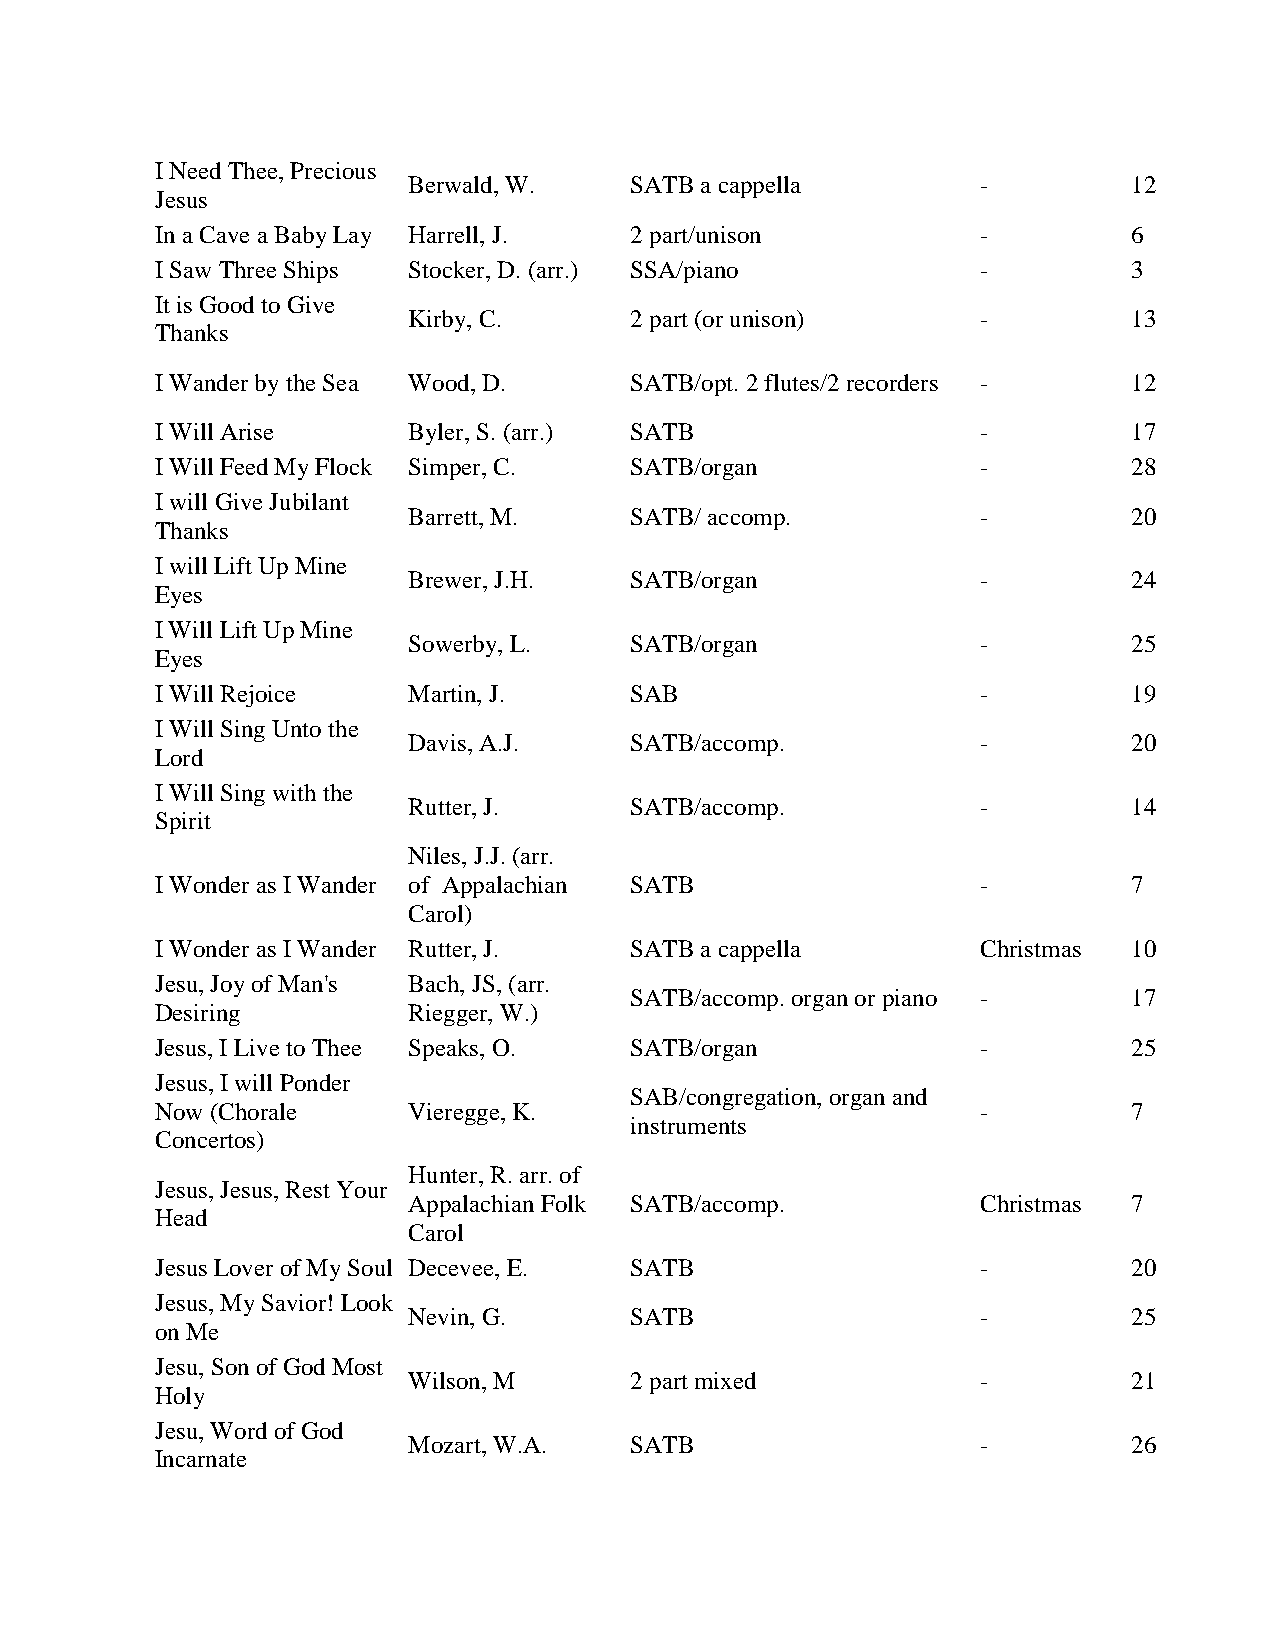
I Need Thee, Precious
 Berwald, W.    SATB a cappella        -         12         Schirmer, G. 1913
 Jesus
 In a Cave a Baby Lay Harrell, J. 2 part/unison         -         6          Word         1970
 I Saw Three Ships Stocker, D. (arr.) SSA/piano         -         3          Kjos, Neil   1977
 It is Good to Give
 Kirby, C.      2 part (or unison)     -         13         Fine Arts Music 1969
 Thanks
 Sacred Music
 I Wander by the Sea Wood, D.    SATB/opt. 2 flutes/2 recorders - 12                      1977
 Press
 I Will Arise     Byler, S. (arr.) SATB                 -         17         Word         1969
 I Will Feed My Flock Simper, C. SATB/organ             -         28         Parish Choir
 I will Give Jubilant
 Barrett, M.    SATB/ accomp.          -         20         Glory Sound  1996
 Thanks
 I will Lift Up Mine
 Brewer, J.H.   SATB/organ             -         24         John Church Co. 1923
 Eyes
 I Will Lift Up Mine
 Sowerby, L.    SATB/organ             -         25         Boston Music 1920
 Eyes
 I Will Rejoice   Martin, J.     SAB                    -         19         Glory Sound  1990
 I Will Sing Unto the
 Davis, A.J.    SATB/accomp.           -         20         Schroeder, J.H. 1885
 Lord
 I Will Sing with the
 Rutter, J.     SATB/accomp.           -         14         Hinshaw Music 1994
 Spirit
 Niles, J.J. (arr.
 I Wonder as I Wander of Appalachian SATB               -         7          Schirmer, G. 1934
 Carol)
 I Wonder as I Wander Rutter, J. SATB a cappella        Christmas 10         Hinshaw Music 1944
 Jesu, Joy of Man's Bach, JS, (arr.                                                       1937
 SATB/accomp. organ or piano -    17         Flammer, Harold
 Desiring         Riegger, W.)
 Jesus, I Live to Thee Speaks, O. SATB/organ            -         25         John Church  1905
 Jesus, I will Ponder
 SAB/congregation, organ and
 Now (Chorale     Vieregge, K.                          -         7          Concordia Pub. 1990
 instruments
 Concertos)
 Hunter, R. arr. of
 Jesus, Jesus, Rest Your
 Appalachian Folk SATB/accomp.         Christmas 7          Coronet Press 1981
 Head
 Carol
 Jesus Lover of My Soul Decevee, E. SATB                -         20         Schroeder, J.H. 1892
 Jesus, My Savior! Look
 Nevin, G.      SATB                   -         25         Schirmer, G. 1899
 on Me
 Jesu, Son of God Most
 Wilson, M      2 part mixed           -         21         Sacred Music 1988
 Holy
 Jesu, Word of God
 Mozart, W.A.   SATB                   -         26         Schirmer, G. 1919
 Incarnate